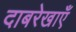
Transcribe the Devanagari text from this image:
दाबरेखाएँ